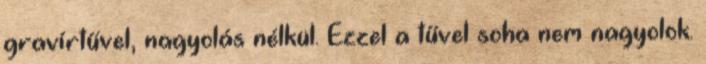
gravírtűvel, nagyolás nélkül. Ezzel a tűvel soha nem nagyolok.